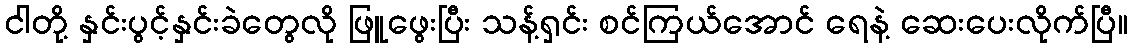
ငါတို့ နှင်းပွင့်နှင်းခဲတွေလို ဖြူဖွေးပြီး သန့်ရှင်း စင်ကြယ်အောင် ရေနဲ့ ဆေးပေးလိုက်ပြီ။